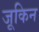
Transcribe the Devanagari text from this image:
जूकिन